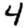
Digit: 4